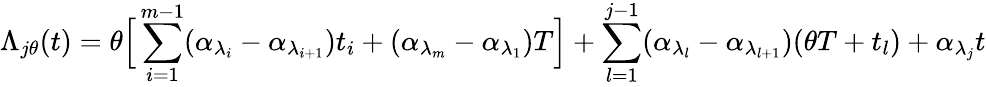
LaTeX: \Lambda_{j\theta}(t)=\theta\Big[\sum_{i=1}^{m-1}(\alpha_{\lambda_{i}}-\alpha_{\lambda_{i+1}})t_{i}+(\alpha_{\lambda_{m}}-\alpha_{\lambda_{1}})T\Big]+\sum_{l=1}^{j-1}(\alpha_{\lambda_{l}}-\alpha_{\lambda_{l+1}})(\theta T+t_{l})+\alpha_{\lambda_{j}}t